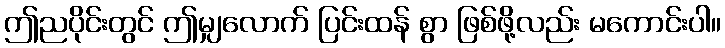
ဤညပိုင်းတွင် ဤမျှလောက် ပြင်းထန် စွာ ဖြစ်ဖို့လည်း မကောင်းပါ။